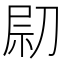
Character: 𠝋